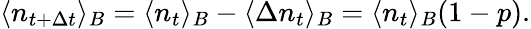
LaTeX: \langle n_{t+\Delta t}\rangle_{B}=\langle n_{t}\rangle_{B}-\langle\Delta n_{t}\rangle_{B}=\langle n_{t}\rangle_{B}(1-p).